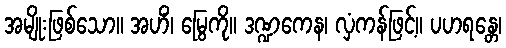
အမျိုးဖြစ်သော။ အဟိံ၊ မြွေကို။ ဒဏ္ဍကေန၊ လှံကန်ဖြင့်။ ပဟရန္တေ၊